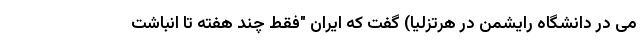
می در دانشگاه رایشمن در هرتزلیا) گفت که ایران "فقط چند هفته تا انباشت